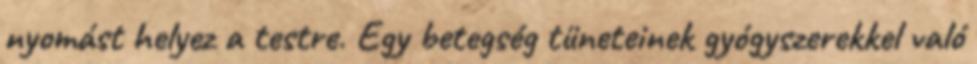
nyomást helyez a testre. Egy betegség tüneteinek gyógyszerekkel való